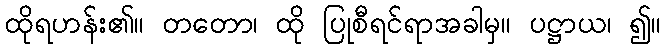
ထိုရဟန်း၏။ တတော၊ ထို ပြုစီရင်ရာအခါမှ။ ပဋ္ဌာယ၊ ၍။